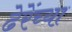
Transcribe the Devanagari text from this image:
ढेरेंच्या